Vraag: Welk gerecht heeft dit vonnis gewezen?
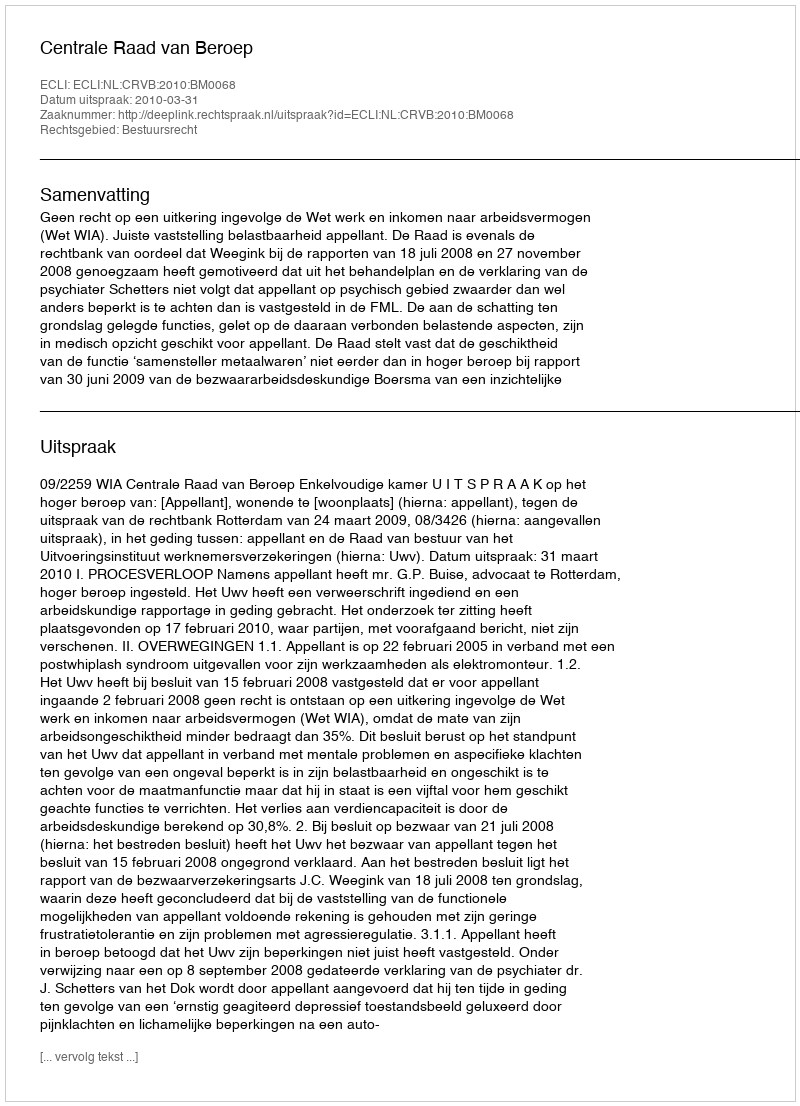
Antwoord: Centrale Raad van Beroep